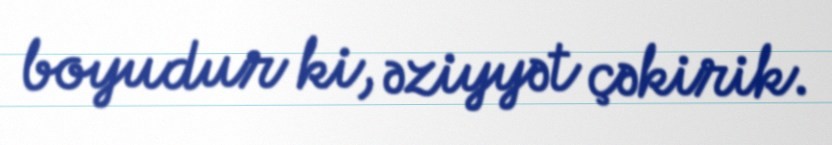
boyudur ki, əziyyət çəkirik.